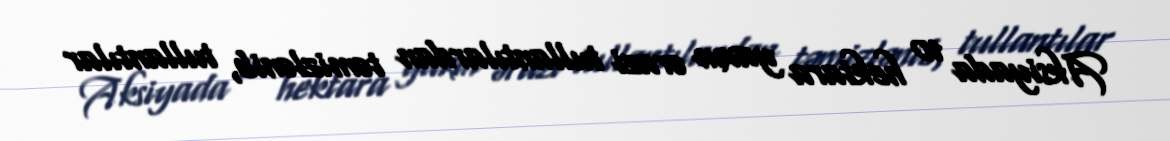
Aksiyada 10 hektara yaxın ərazi tullantılardan təmizlənib, tullantılar